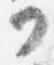
可